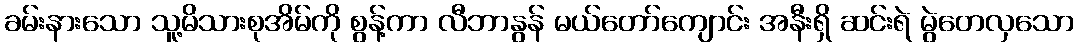
ခမ်းနားသော သူ့မိသားစုအိမ်ကို စွန့်ကာ လီဘာနွန် မယ်တော်ကျောင်း အနီးရှိ ဆင်းရဲ မွဲတေလှသော